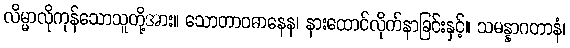
လိမ္မာလိုကုန်သောသူတို့အား။ သောတာဝဓာနေန၊ နားထောင်လိုက်နာခြင်းနှင့်။ သမန္နာဂတာနံ၊